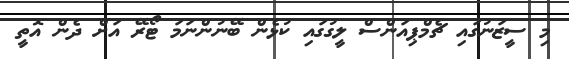
މި ސީޒަނުގައި ޗެމްޕިއަންސް ލީގުގައި ކުޅެން ބޭނުންނަމަ ޓޯރޭ އަށް ދެން އޮތީ